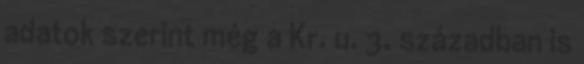
adatok szerint még a Kr. u. 3. században is